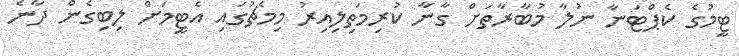
ޓީމުގެ ކެޕްޓަނާ ނުލާ މުބާރާތަށް ގާނާ ކުރިމަތިލިއިރު މިމެޗުގައި އެޓީމަށް ލިބިގެން ދާނެ